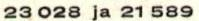
23 028 ja 21 589